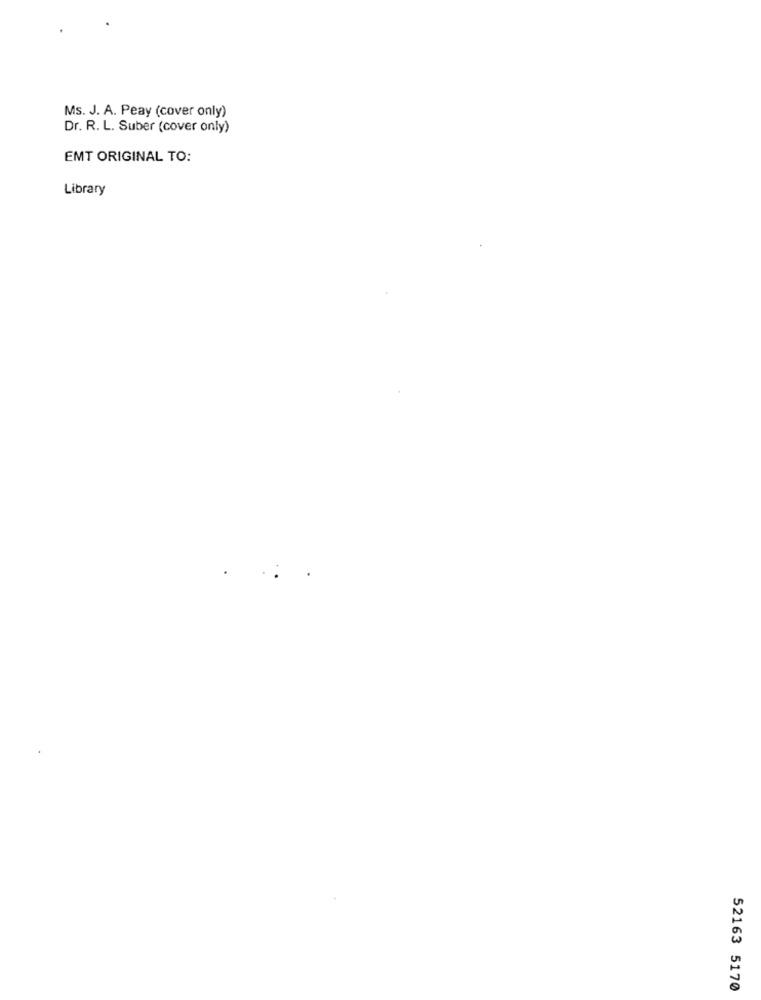
Ms. J. A. Peay (cover only)
Dr. R. L. Suber (cover only)
EMT ORIGINAL TO:
Library
52163 5170